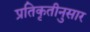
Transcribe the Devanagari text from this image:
प्रतिकृतीनुसार